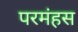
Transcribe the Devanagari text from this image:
परमंहस